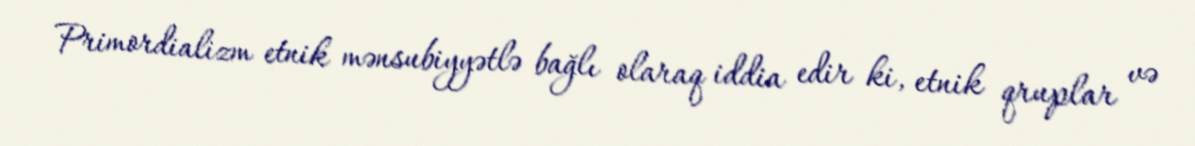
Primordializm etnik mənsubiyyətlə bağlı olaraq iddia edir ki, etnik qruplar və